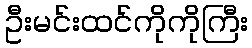
ဦးမင်းထင်ကိုကိုကြီး